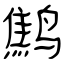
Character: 鹪